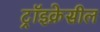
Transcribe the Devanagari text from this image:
ट्रॉइक्रेसील